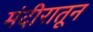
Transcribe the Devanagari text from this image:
मंदीरातून